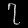
Digit: ၇